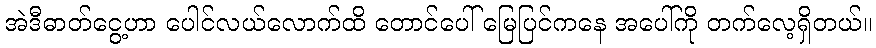
အဲဒီဓာတ်ငွေ့ဟာ ပေါင်လယ်လောက်ထိ တောင်ပေါ် မြေပြင်ကနေ အပေါ်ကို တက်လေ့ရှိတယ်။